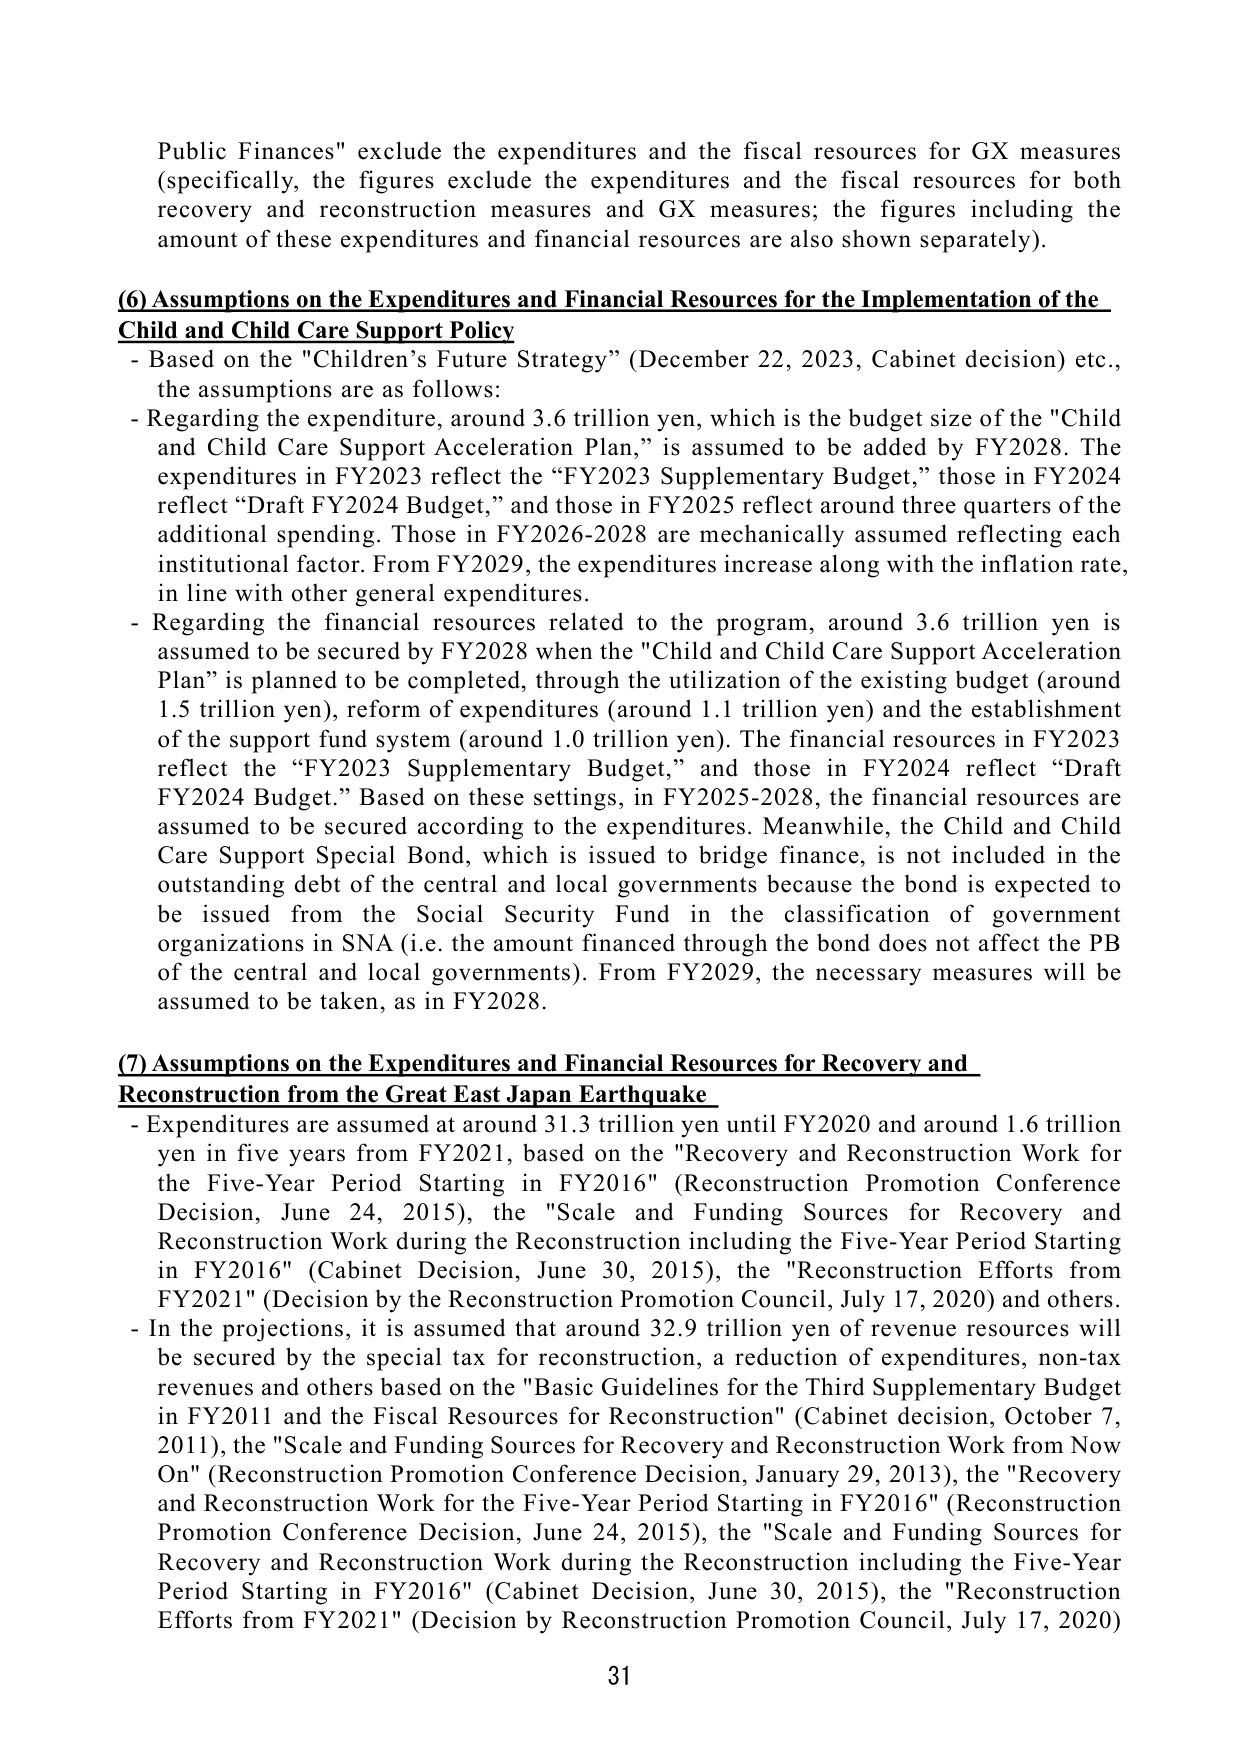
Public Finances" exclude the expenditures and the fiscal resources for GX measures (specifically, the figures exclude the expenditures and the fiscal resources for both recovery and reconstruction measures and GX measures; the figures including the amount of these expenditures and financial resources are also shown separately).

(6) Assumptions on the Expenditures and Financial Resources for the Implementation of the Child and Child Care Support Policy
- Based on the "Children's Future Strategy" (December 22, 2023, Cabinet decision) etc., the assumptions are as follows:
- Regarding the expenditure, around 3.6 trillion yen, which is the budget size of the "Child and Child Care Support Acceleration Plan," is assumed to be added by FY2028. The expenditures in FY2023 reflect the “FY2023 Supplementary Budget,” those in FY2024 reflect “Draft FY2024 Budget,” and those in FY2025 reflect around three quarters of the additional spending. Those in FY2026-2028 are mechanically assumed reflecting each institutional factor. From FY2029, the expenditures increase along with the inflation rate, in line with other general expenditures.
- Regarding the financial resources related to the program, around 3.6 trillion yen is assumed to be secured by FY2028 when the "Child and Child Care Support Acceleration Plan" is planned to be completed, through the utilization of the existing budget (around 1.5 trillion yen), reform of expenditures (around 1.1 trillion yen) and the establishment of the support fund system (around 1.0 trillion yen). The financial resources in FY2023 reflect the “FY2023 Supplementary Budget,” and those in FY2024 reflect “Draft FY2024 Budget.” Based on these settings, in FY2025-2028, the financial resources are assumed to be secured according to the expenditures. Meanwhile, the Child and Child Care Support Special Bond, which is issued to bridge finance, is not included in the outstanding debt of the central and local governments because the bond is expected to be issued from the Social Security Fund in the classification of government organizations in SNA (i.e. the amount financed through the bond does not affect the PB of the central and local governments). From FY2029, the necessary measures will be assumed to be taken, as in FY2028.

(7) Assumptions on the Expenditures and Financial Resources for Recovery and Reconstruction from the Great East Japan Earthquake
- Expenditures are assumed at around 31.3 trillion yen until FY2020 and around 1.6 trillion yen in five years from FY2021, based on the "Recovery and Reconstruction Work for the Five-Year Period Starting in FY2016" (Reconstruction Promotion Conference Decision, June 24, 2015), the "Scale and Funding Sources for Recovery and Reconstruction Work during the Reconstruction including the Five-Year Period Starting in FY2016" (Cabinet Decision, June 30, 2015), the "Reconstruction Efforts from FY2021" (Decision by the Reconstruction Promotion Council, July 17, 2020) and others.
- In the projections, it is assumed that around 32.9 trillion yen of revenue resources will be secured by the special tax for reconstruction, a reduction of expenditures, non-tax revenues and others based on the "Basic Guidelines for the Third Supplementary Budget in FY2011 and the Fiscal Resources for Reconstruction" (Cabinet decision, October 7, 2011), the "Scale and Funding Sources for Recovery and Reconstruction Work from Now On" (Reconstruction Promotion Conference Decision, January 29, 2013), the "Recovery and Reconstruction Work for the Five-Year Period Starting in FY2016" (Reconstruction Promotion Conference Decision, June 24, 2015), the "Scale and Funding Sources for Recovery and Reconstruction Work during the Reconstruction including the Five-Year Period Starting in FY2016" (Cabinet Decision, June 30, 2015), the "Reconstruction Efforts from FY2021" (Decision by Reconstruction Promotion Council, July 17, 2020)

31